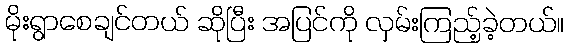
မိုးရွာစေချင်တယ် ဆိုပြီး အပြင်ကို လှမ်းကြည့်ခဲ့တယ်။